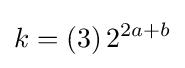
k=\left(3\right)2^{2a+b}